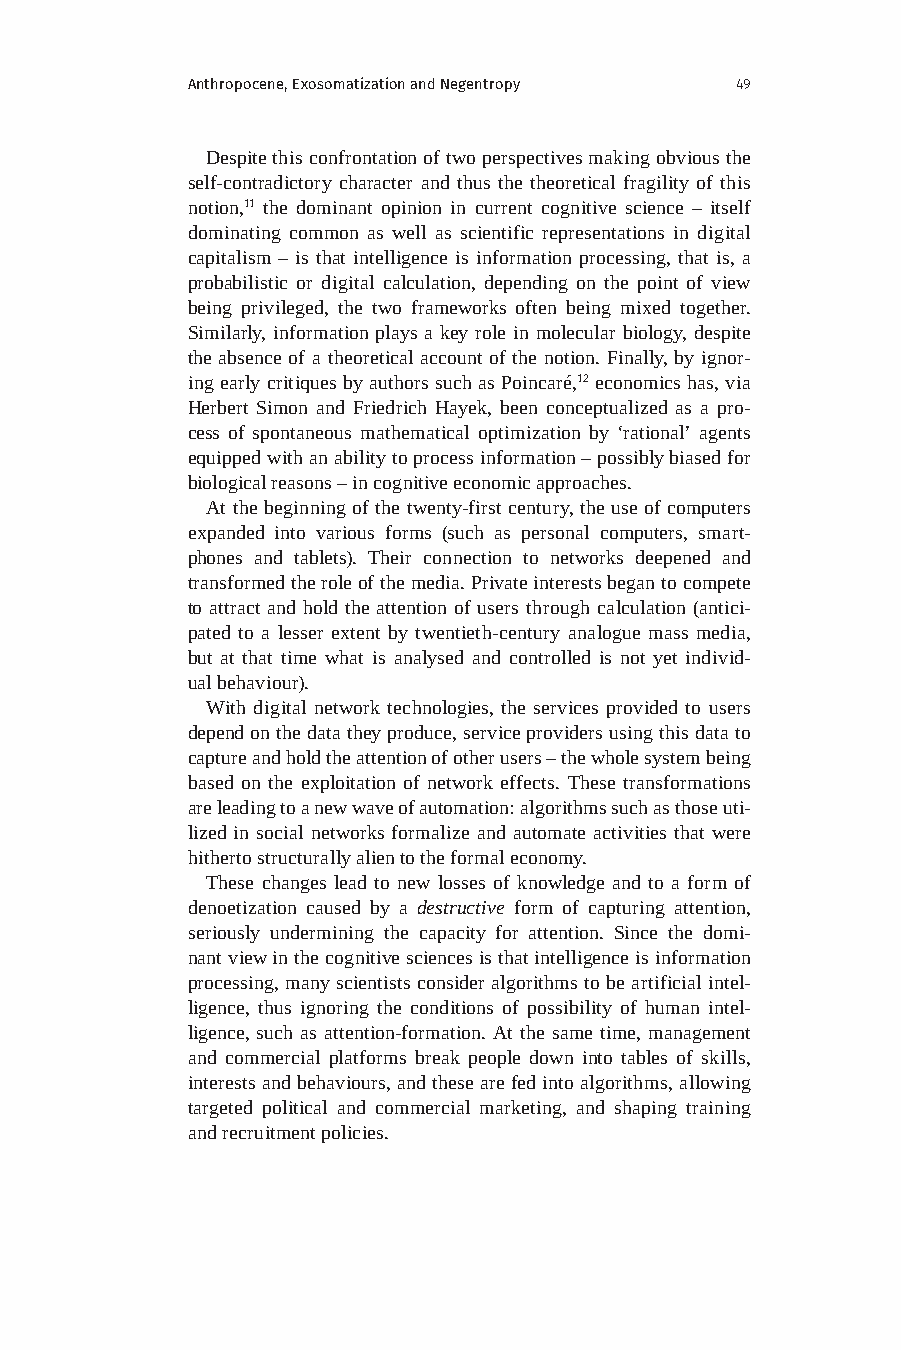
Anthropocene, Exosomatization and Negentropy 49
 Despite this confrontation of two perspectives making obvious the
 self-contradictory character and thus the theoretical fragility of this
 notion,11 the dominant opinion in current cognitive science – itself
 dominating common as well as scientific representations in digital
 capitalism – is that intelligence is information processing, that is, a
 probabilistic or digital calculation, depending on the point of view
 being privileged, the two frameworks often being mixed together.
 Similarly, information plays a key role in molecular biology, despite
 the absence of a theoretical account of the notion. Finally, by ignor-
 ing early critiques by authors such as Poincaré,12 economics has, via
 Herbert Simon and Friedrich Hayek, been conceptualized as a pro-
 cess of spontaneous mathematical optimization by ‘rational’ agents
 equipped with an ability to process information – possibly biased for
 biological reasons – in cognitive economic approaches.
 At the beginning of the twenty-first century, the use of computers
 expanded into various forms (such as personal computers, smart-
 phones and tablets). Their connection to networks deepened and
 transformed the role of the media. Private interests began to compete
 to attract and hold the attention of users through calculation (antici-
 pated to a lesser extent by twentieth-century analogue mass media,
 but at that time what is analysed and controlled is not yet individ-
 ual behaviour).
 With digital network technologies, the services provided to users
 depend on the data they produce, service providers using this data to
 capture and hold the attention of other users – the whole system being
 based on the exploitation of network effects. These transformations
 are leading to a new wave of automation: algorithms such as those uti-
 lized in social networks formalize and automate activities that were
 hitherto structurally alien to the formal economy.
 These changes lead to new losses of knowledge and to a form of
 denoetization caused by a destructive form of capturing attention,
 seriously undermining the capacity for attention. Since the domi-
 nant view in the cognitive sciences is that intelligence is information
 processing, many scientists consider algorithms to be artificial intel-
 ligence, thus ignoring the conditions of possibility of human intel-
 ligence, such as attention-formation. At the same time, management
 and commercial platforms break people down into tables of skills,
 interests and behaviours, and these are fed into algorithms, allowing
 targeted political and commercial marketing, and shaping training
 and recruitment policies.